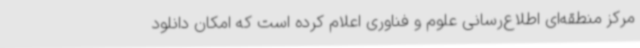
مرکز منطقه‌ای اطلاع‌رسانی علوم و فناوری اعلام کرده است که امکان دانلود